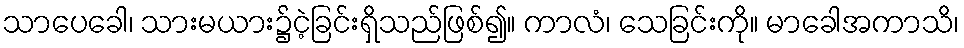
သာပေခေါ၊ သားမယား၌ငဲ့ခြင်းရှိသည်ဖြစ်၍။ ကာလံ၊ သေခြင်းကို။ မာခေါအကာသိ၊